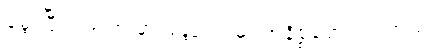
မွေးပြီး ၁၉၀၈ မှာ မန္တလေးမှာ အနိစ္စရောက်ပါတယ်။